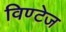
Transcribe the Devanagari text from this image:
विण्टेज